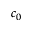
c _ { 0 }